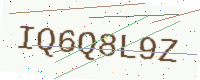
Text: IQ6Q8L9Z